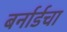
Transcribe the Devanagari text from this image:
बर्नार्डचा